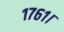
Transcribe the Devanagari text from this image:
१७६१।